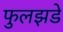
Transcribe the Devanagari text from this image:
फुलझडे